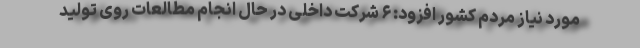
مورد نیاز مردم کشور افزود: ۶ شرکت داخلی در حال انجام مطالعات روی تولید